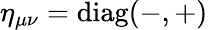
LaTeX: \eta_{\mu\nu}=\mathrm{diag(-,+)}